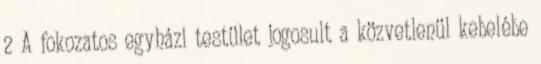
2 A fokozatos egyházi testület jogosult a közvetlenül kebelébe